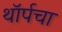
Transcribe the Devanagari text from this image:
थॉर्पचा